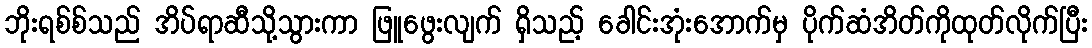
ဘိုးရစ်စ်သည် အိပ်ရာဆီသို့သွားကာ ဖြူဖွေးလျက် ရှိသည့် ခေါင်းအုံးအောက်မှ ပိုက်ဆံအိတ်ကိုထုတ်လိုက်ပြီး